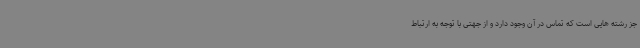
جز رشته هایی است که تماس در آن وجود دارد و از جهتی با توجه به ارتباط